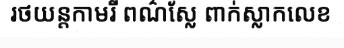
រថយន្តកាមរី ពណ៌ស្លែ ពាក់ស្លាកលេខ